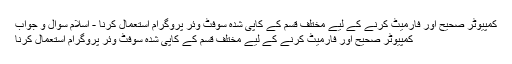
كمپيوٹر صحيح اور فارميٹ كرنے كے ليے مختلف قسم كے كاپى شدہ سوفٹ وئر پروگرام استعمال كرنا - اسلام سوال و جواب
كمپيوٹر صحيح اور فارميٹ كرنے كے ليے مختلف قسم كے كاپى شدہ سوفٹ وئر پروگرام استعمال كرنا